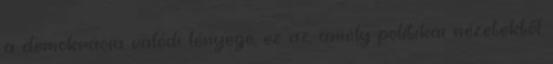
a demokrácia valódi lényege, ez az, amely politikai nézetektől